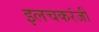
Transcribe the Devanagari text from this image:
इलचकरंजी